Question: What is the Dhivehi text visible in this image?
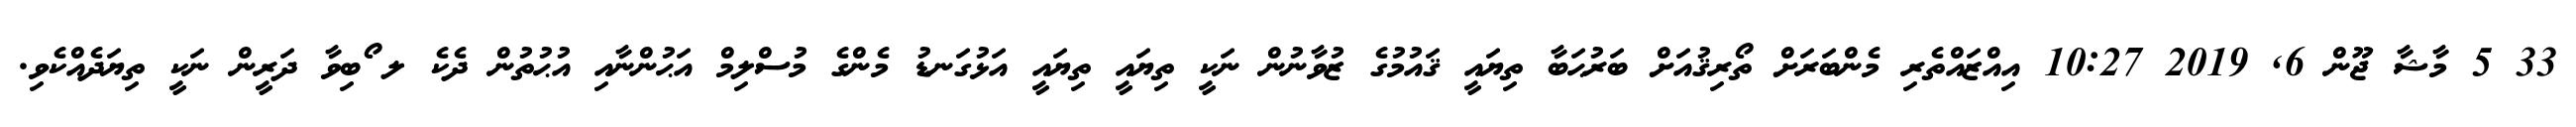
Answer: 33 5 މާޝާ ޖޫން 6, 2019 10:27 އިއްޒައްތެރި މެންބަރަށް ތޯރިޤުއަށް ބަރުޙަބާ ތިޔައީ ޤައުމުގެ ޒުވާނުން ނަކީ ތިޔައީ ތިޔައީ އަޅުގަނޑު މެންގެ މުސްލިމް އަޙުންނާއި އުޙުތުން ދެކެ ލ ޯބިވާ ދަރީން ނަކީ ތިޔަދެއްކެވި.